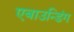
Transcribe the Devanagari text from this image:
एबाउन्डिंग